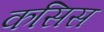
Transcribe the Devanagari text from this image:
कसिस